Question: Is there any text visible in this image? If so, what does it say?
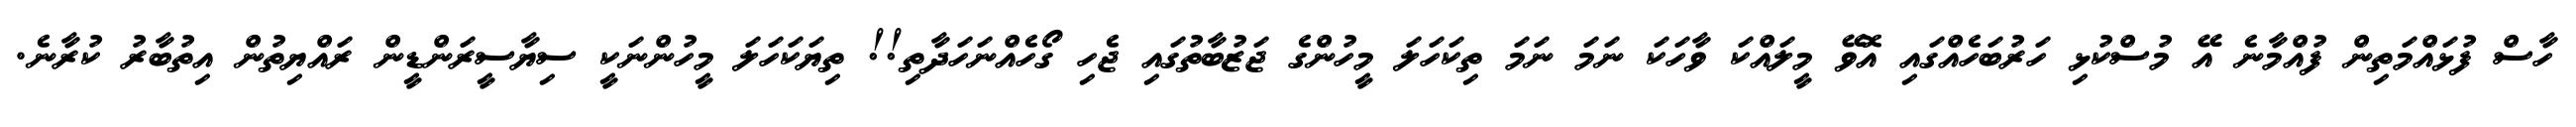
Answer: ހާސް ފުޅައްމަތިން ފުއްމާނެ އޭ މުސްކުޅި ހަރުބަހެއްގައި އޮވޭ މީލައްކަ ވާހަކަ ނަމަ ނަމަ ތިކަހަލަ މީހުންގެ ޖަޒުބާތުގައި ޖެހި ގޯހެއްނަހަދާތި!! ތިޔަކަހަލަ މީހުންނަކީ ސިޔާސީރަންޑީން ރައްޔިތުން އިތުބާރު ކުރާނެ.